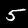
Label: 5